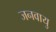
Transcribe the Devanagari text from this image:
जनवायु